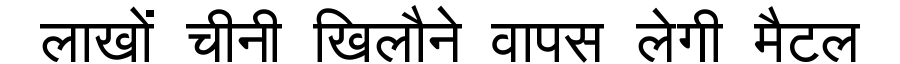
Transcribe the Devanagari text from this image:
लाखों चीनी खिलौने वापस लेगी मैटल